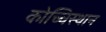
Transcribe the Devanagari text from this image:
कोच्चिस्थान